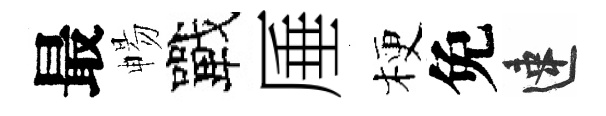
最暢戰厜梗免速